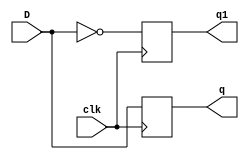
module d(D,clk,q,q1);
input D; // Data input 
input clk; // clock input 
output reg q; // output Q 
output reg q1; // output Q 
always @(posedge clk) 
	begin
	q <= D; 
	q1 <= ~D;
	end 
endmodule